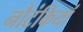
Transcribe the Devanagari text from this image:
नौटंकियां